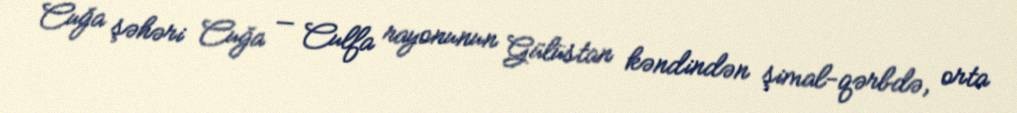
Cuğa şəhəri Cuğa — Culfa rayonunun Gülüstan kəndindən şimal-qərbdə, orta